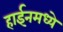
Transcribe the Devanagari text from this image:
हाईनमध्ये